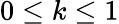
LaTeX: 0\leq k\leq 1